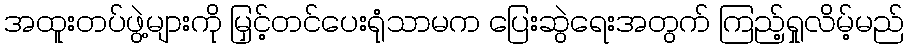
အထူးတပ်ဖွဲ့များကို မြှင့်တင်ပေးရုံသာမက ပြေးဆွဲရေးအတွက် ကြည့်ရှုလိမ့်မည်